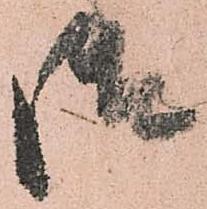
御